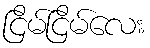
ငြိမ်ငြိမ်လေး